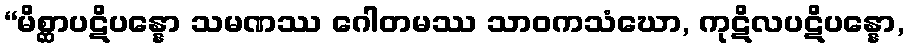
“မိစ္ဆာပဋိပန္နော သမဏဿ ဂေါတမဿ သာဝကသံဃော, ကုဋိလပဋိပန္နော,